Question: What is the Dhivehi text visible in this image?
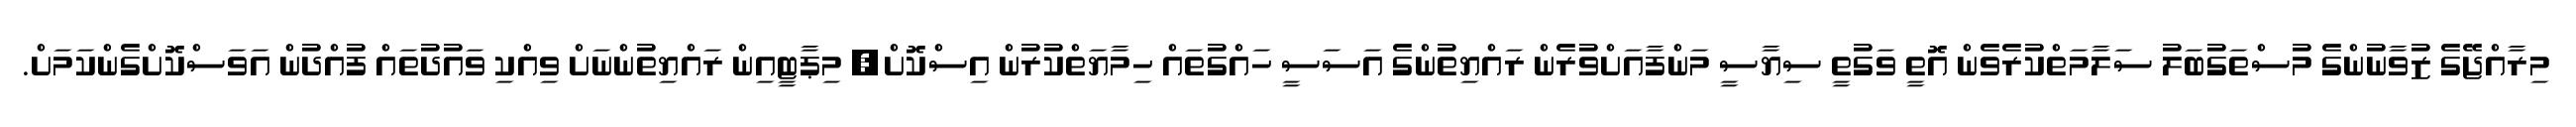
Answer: މިރާއްޖޭގެ ޒުވާނުންގެ މުސްތަގުބަލު ސަލާމަތްކުރެވެން އޮތީ ވަގުތީ ސިޔާސީ މަންފާއަށްވުރެން ރައްޔިތުންގެ އަސަސީ ހައްގުތައް ހިމާޔަތްކުރުން އިސްކޮށް, މިޕާޓީއިން ރައްޔިތުންނަށް ވިއްކި ވައުދުތައް ފުއްދުން އަވަސްކޮށްގެންކަމަށް.